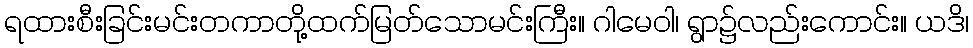
ရထားစီးခြင်းမင်းတကာတို့ထက်မြတ်သောမင်းကြီး။ ဂါမေဝါ၊ ရွာ၌လည်းကောင်း။ ယဒိ၊